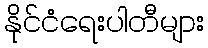
နိုင်ငံရေးပါတီများ